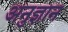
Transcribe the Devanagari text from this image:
अनुज्ञान